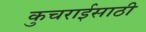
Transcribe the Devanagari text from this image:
कुचराईसाठी